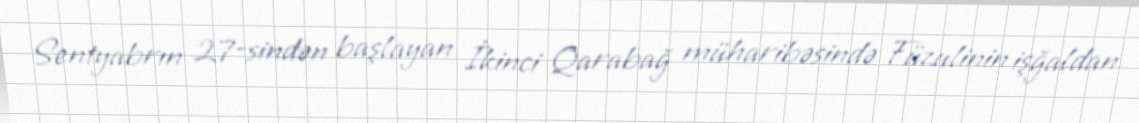
Sentyabrın 27-sindən başlayan İkinci Qarabağ müharibəsində Füzulinin işğaldan